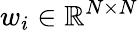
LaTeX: w_{i}\in{\mathbb R}^{N\times N}